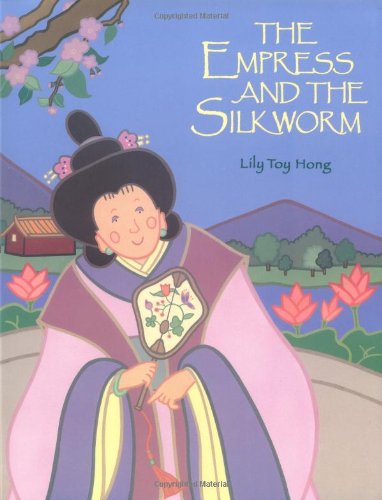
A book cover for The Empress and the Silkworm; Lily Toy Hong; Children's Books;